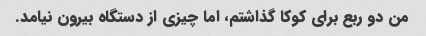
من دو ربع برای کوکا گذاشتم، اما چیزی از دستگاه بیرون نیامد.